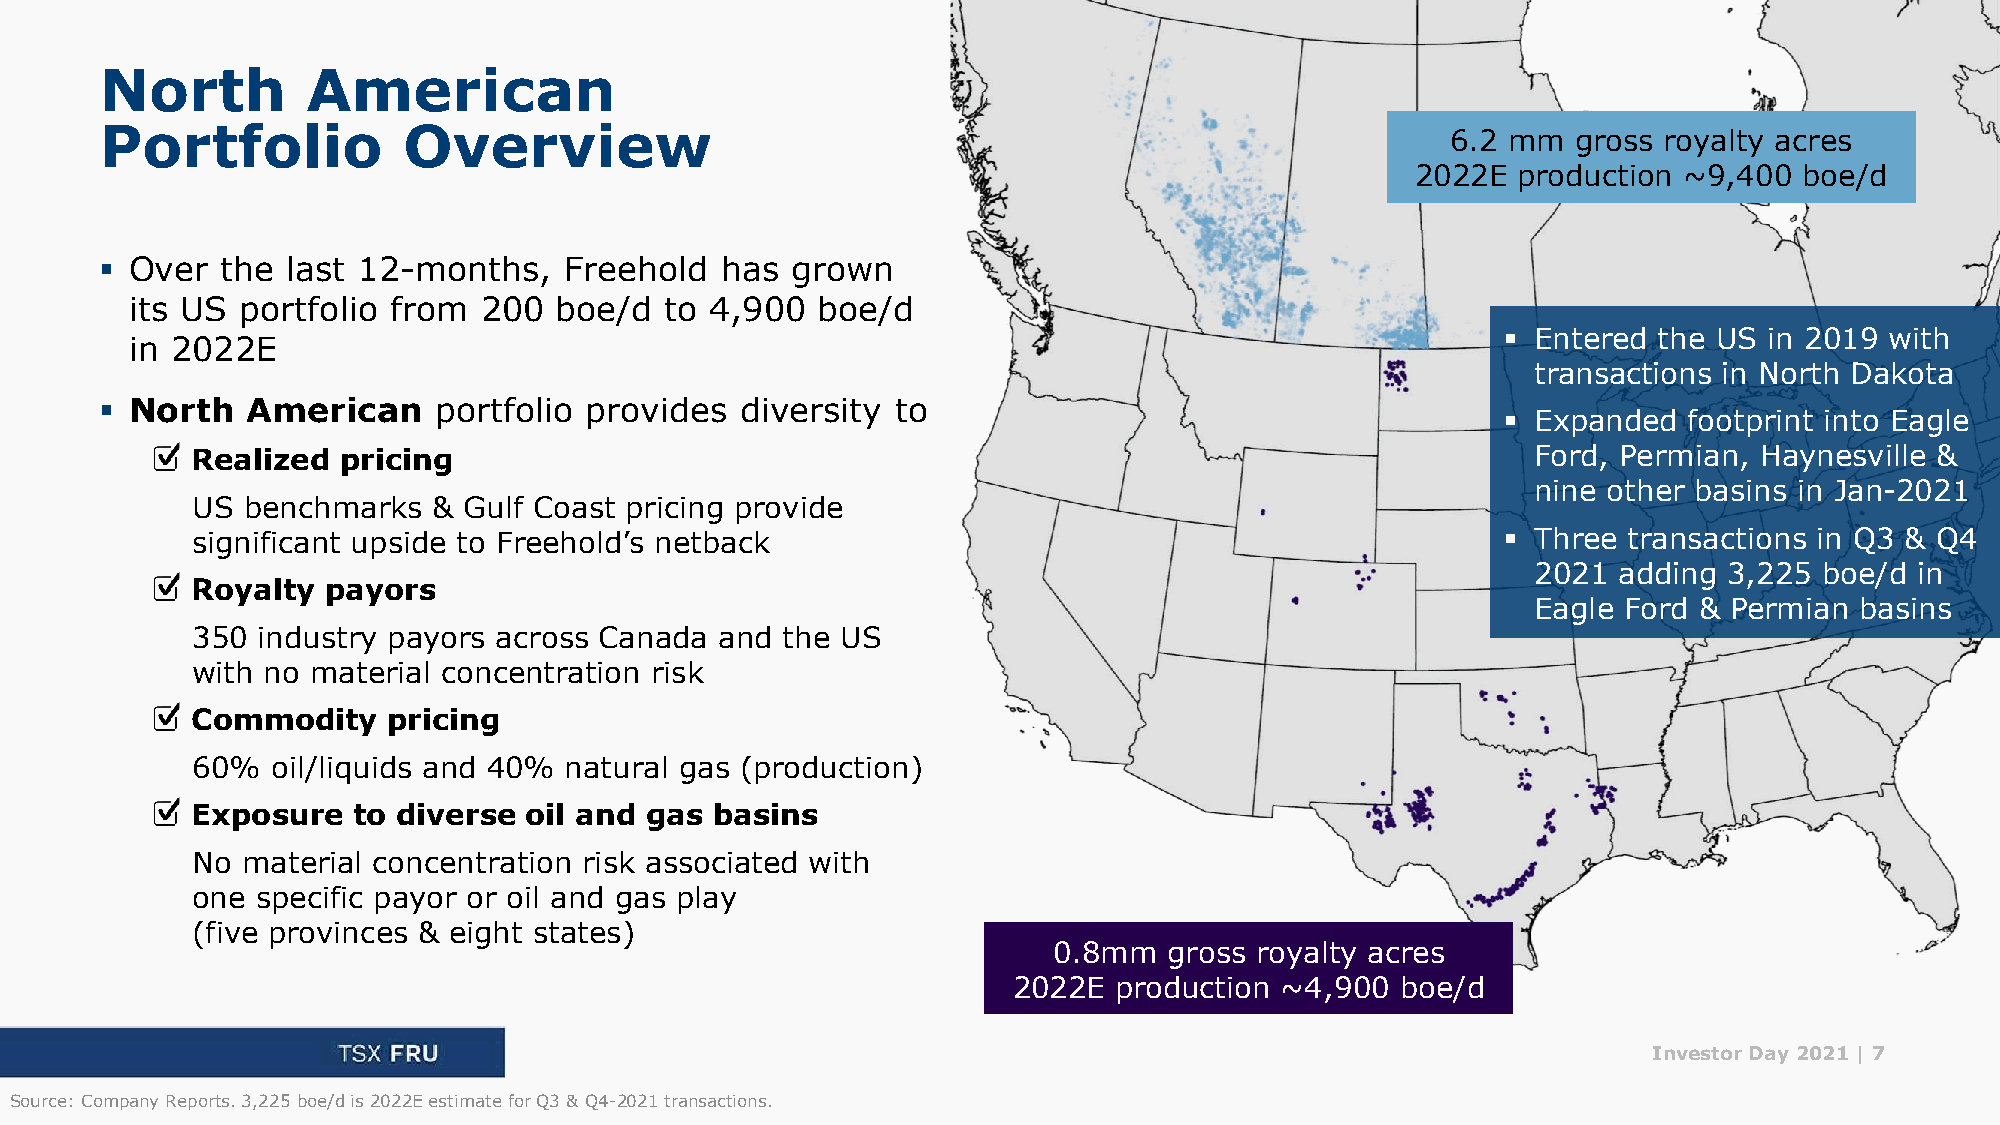
North        American
 Portfolio           Overview
 6.2 mm  gross royalty acres
 2022E production ~9,400  boe/d
 ▪ Over  the last 12-months,   Freehold   has grown
 its US portfolio from  200  boe/d  to 4,900  boe/d
 ▪ Entered the US in 2019 with
 in 2022E
 transactions in North Dakota
 ▪ North  American     portfolio provides  diversity to
 ▪ Expanded  footprint into Eagle
 Realized pricing                                                                         Ford, Permian, Haynesville &
 nine other basins in Jan-2021
 US benchmarks   & Gulf Coast pricing provide
 significant upside to Freehold’s netback                                               ▪ Three transactions in Q3 & Q4
 2021 adding 3,225  boe/d in
 Royalty  payors
 Eagle Ford & Permian basins
 350 industry payors across Canada  and the US
 with no material concentration risk
 Commodity    pricing
 60%  oil/liquids and 40% natural gas (production)
 Exposure  to diverse  oil and gas basins
 No material concentration risk associated with
 one specific payor or oil and gas play
 (five provinces & eight states)
 0.8mm  gross royalty acres
 2022E  production ~4,900  boe/d
 Investor Day 2021 | 7
 Source: Company Reports. 3,225 boe/d is 2022E estimate for Q3 & Q4-2021 transactions.